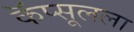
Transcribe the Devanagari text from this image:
कॅप्सूलला